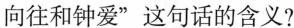
向往和钟爱”这句话的含义?